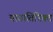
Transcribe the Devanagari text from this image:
यागातिरिक्त